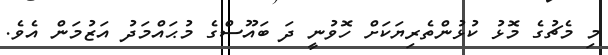
މި މެޗުގެ މޮޅު ކުޅުންތެރިޔަކަށް ހޮވުނީ ދަ ބައޫސްގެ މުޙައްމަދު އަޒުމަން އެވެ.